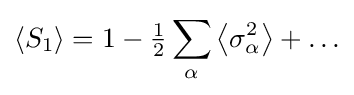
\left\langle S_{1}\right\rangle =1-{\tfrac {1}{2}}\sum _{\alpha }\left\langle \sigma _{\alpha }^{2}\right\rangle +\ldots